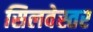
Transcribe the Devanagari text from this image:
सिलवेस्तर